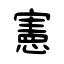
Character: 憲